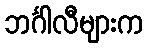
ဘင်္ဂါလီများက